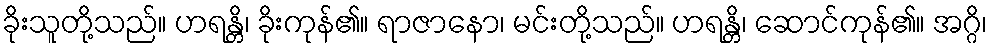
ခိုးသူတို့သည်။ ဟရန္တိ၊ ခိုးကုန်၏။ ရာဇာနော၊ မင်းတို့သည်။ ဟရန္တိ၊ ဆောင်ကုန်၏။ အဂ္ဂိ၊